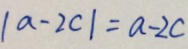
\vert a - 2 c \vert = a - 2 c